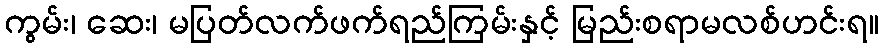
ကွမ်း၊ ဆေး၊ မပြတ်လက်ဖက်ရည်ကြမ်းနှင့် မြည်းစရာမလစ်ဟင်းရ။